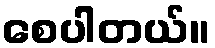
စေပါတယ်။